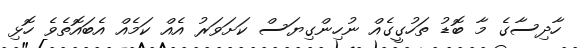
ހާދިސާގެ މާ ބޮޑު ތަހުގީގެއް ނުހިންގިޔަސް ކަށަވަރު އެއް ކަމެއް އެބައޮތެވެ ހޮޅި